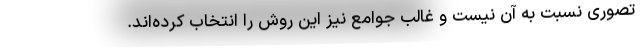
تصوری نسبت به آن نیست و غالب جوامع نیز این روش را انتخاب کرده‌اند.